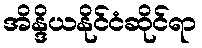
အိန္ဒိယနိုင်ငံဆိုင်ရာ